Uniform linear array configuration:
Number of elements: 32
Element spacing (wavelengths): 0.75
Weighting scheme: binomial
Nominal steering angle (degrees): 60
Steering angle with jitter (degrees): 58.944
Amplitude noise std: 0.05
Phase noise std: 0.05

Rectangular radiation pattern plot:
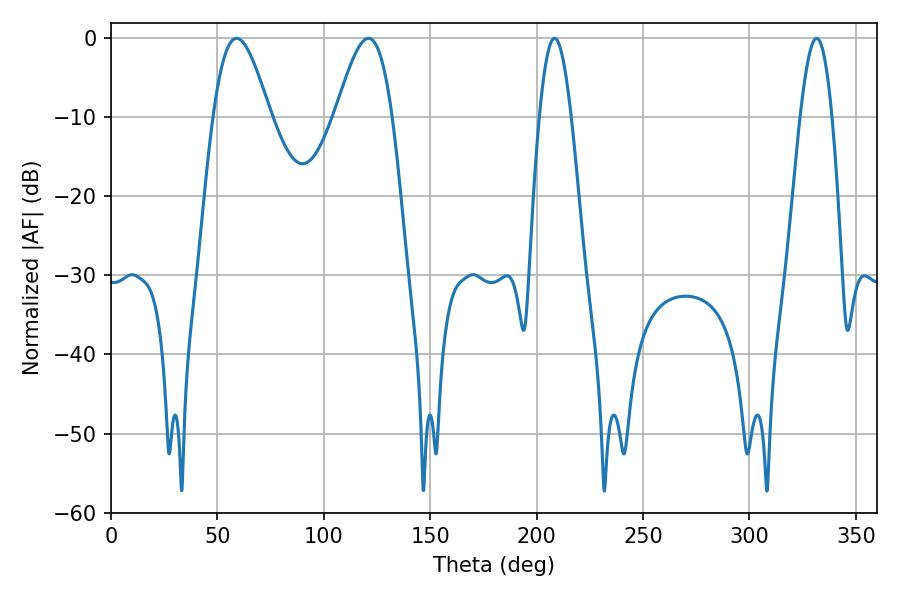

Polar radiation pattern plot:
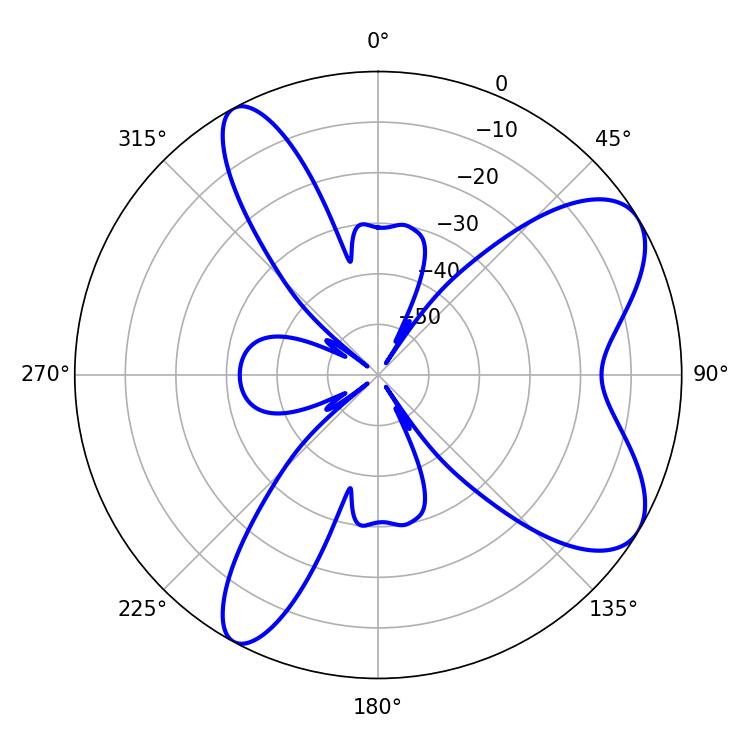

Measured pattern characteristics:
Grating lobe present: TRUE
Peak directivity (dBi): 7.697
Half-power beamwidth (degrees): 14.22
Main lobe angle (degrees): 120.96